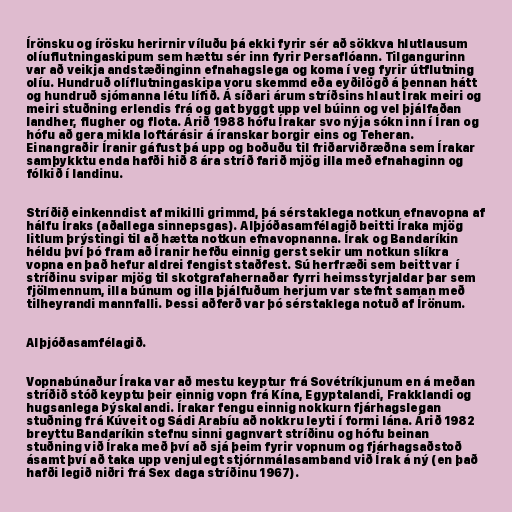
Írönsku og írösku herirnir víluðu þá ekki fyrir sér að sökkva hlutlausum
olíuflutningaskipum sem hættu sér inn fyrir Persaflóann. Tilgangurinn
var að veikja andstæðinginn efnahagslega og koma í veg fyrir útflutning
olíu. Hundruð olíflutningaskipa voru skemmd eða eyðilögð á þennan hátt
og hundruð sjómanna létu lífið. Á síðari árum stríðsins hlaut Írak meiri og
meiri stuðning erlendis frá og gat byggt upp vel búinn og vel þjálfaðan
landher, flugher og flota. Árið 1988 hófu Írakar svo nýja sókn inn í Íran og
hófu að gera mikla loftárásir á íranskar borgir eins og Teheran.
Einangraðir Íranir gáfust þá upp og boðuðu til friðarviðræðna sem Írakar
samþykktu enda hafði hið 8 ára stríð farið mjög illa með efnahaginn og
fólkið í landinu.

Stríðið einkenndist af mikilli grimmd, þá sérstaklega notkun efnavopna af
hálfu Íraks (aðallega sinnepsgas). Alþjóðasamfélagið beitti Íraka mjög
litlum þrýstingi til að hætta notkun efnavopnanna. Írak og Bandaríkin
héldu því þó fram að Íranir hefðu einnig gerst sekir um notkun slíkra
vopna en það hefur aldrei fengist staðfest. Sú herfræði sem beitt var í
stríðinu svipar mjög til skotgrafahernaðar fyrri heimsstyrjaldar þar sem
fjölmennum, illa búnum og illa þjálfuðum herjum var stefnt saman með
tilheyrandi mannfalli. Þessi aðferð var þó sérstaklega notuð af Írönum.

Alþjóðasamfélagið.

Vopnabúnaður Íraka var að mestu keyptur frá Sovétríkjunum en á meðan
stríðið stóð keyptu þeir einnig vopn frá Kína, Egyptalandi, Frakklandi og
hugsanlega Þýskalandi. Írakar fengu einnig nokkurn fjárhagslegan
stuðning frá Kúveit og Sádi Arabíu að nokkru leyti í formi lána. Árið 1982
breyttu Bandaríkin stefnu sinni gagnvart stríðinu og hófu beinan
stuðning við Íraka með því að sjá þeim fyrir vopnum og fjárhagsaðstoð
ásamt því að taka upp venjulegt stjórnmálasamband við Írak á ný (en það
hafði legið niðri frá Sex daga stríðinu 1967).